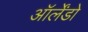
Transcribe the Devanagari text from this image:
ऑर्लेंडो